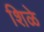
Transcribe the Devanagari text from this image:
शिळे